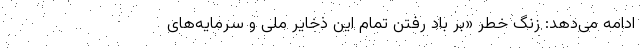
ادامه می‌دهد: زنگ خطر «بر باد رفتن تمام این ذخایر ملی و سرمایه‌های